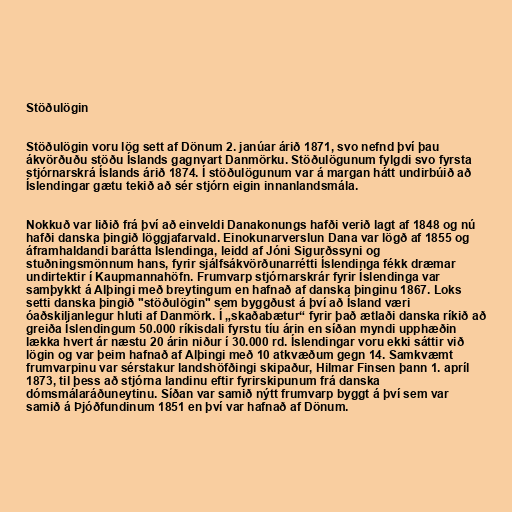
Stöðulögin

Stöðulögin voru lög sett af Dönum 2. janúar árið 1871, svo nefnd því þau
ákvörðuðu stöðu Íslands gagnvart Danmörku. Stöðulögunum fylgdi svo fyrsta
stjórnarskrá Íslands árið 1874. Í stöðulögunum var á margan hátt undirbúið að
Íslendingar gætu tekið að sér stjórn eigin innanlandsmála.

Nokkuð var liðið frá því að einveldi Danakonungs hafði verið lagt af 1848 og nú
hafði danska þingið löggjafarvald. Einokunarverslun Dana var lögð af 1855 og
áframhaldandi barátta Íslendinga, leidd af Jóni Sigurðssyni og
stuðningsmönnum hans, fyrir sjálfsákvörðunarrétti Íslendinga fékk dræmar
undirtektir í Kaupmannahöfn. Frumvarp stjórnarskrár fyrir Íslendinga var
samþykkt á Alþingi með breytingum en hafnað af danska þinginu 1867. Loks
setti danska þingið "stöðulögin" sem byggðust á því að Ísland væri
óaðskiljanlegur hluti af Danmörk. Í „skaðabætur“ fyrir það ætlaði danska ríkið að
greiða Íslendingum 50.000 ríkisdali fyrstu tíu árin en síðan myndi upphæðin
lækka hvert ár næstu 20 árin niður í 30.000 rd. Íslendingar voru ekki sáttir við
lögin og var þeim hafnað af Alþingi með 10 atkvæðum gegn 14. Samkvæmt
frumvarpinu var sérstakur landshöfðingi skipaður, Hilmar Finsen þann 1. apríl
1873, til þess að stjórna landinu eftir fyrirskipunum frá danska
dómsmálaráðuneytinu. Síðan var samið nýtt frumvarp byggt á því sem var
samið á Þjóðfundinum 1851 en því var hafnað af Dönum.